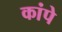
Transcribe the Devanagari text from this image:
कांपे